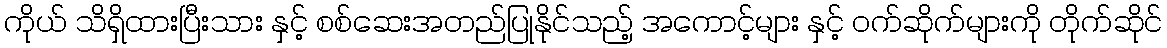
ကိုယ် သိရှိထားပြီးသား နှင့် စစ်ဆေးအတည်ပြုနိုင်သည့် အကောင့်များ နှင့် ဝက်ဆိုက်များကို တိုက်ဆိုင်